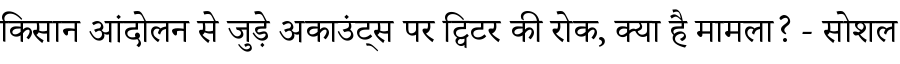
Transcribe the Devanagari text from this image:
किसान आंदोलन से जुड़े अकाउंट्स पर ट्विटर की रोक, क्या है मामला? - सोशल